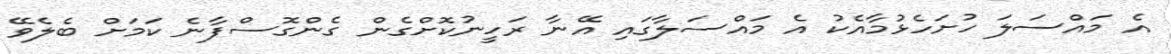
އެ މައްސަލަ ހުށަހެޅުމާއެކު އެ މައްސަލާގައި އޭނާ ރަހީނުކޮށްގެން ގެންގޮސްފާނެ ކަމަށް ބެލެވޭ